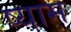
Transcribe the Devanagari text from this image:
ष्याम